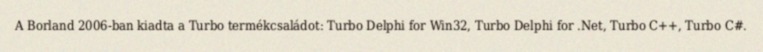
A Borland 2006-ban kiadta a Turbo termékcsaládot: Turbo Delphi for Win32, Turbo Delphi for .Net, Turbo C++, Turbo C#.